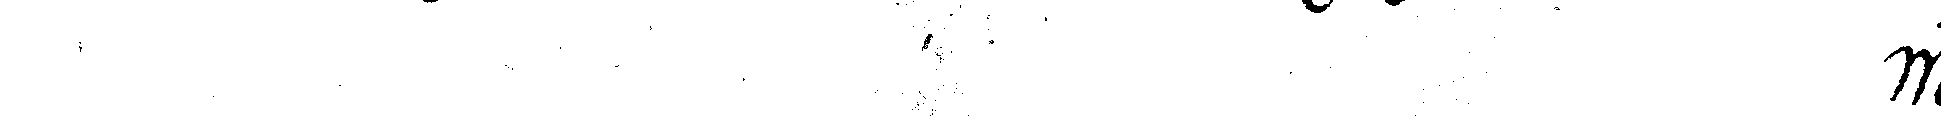
# we